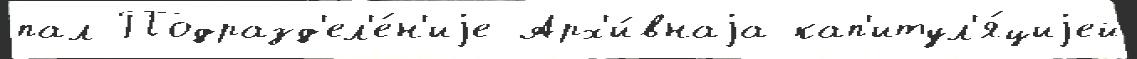
пал Подразд'ел'е́н'иjе Арх'и́внаjа кап'итул'я́циjей